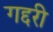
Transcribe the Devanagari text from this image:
गद्दरी